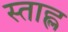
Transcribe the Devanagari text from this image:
स्ताह्ल